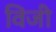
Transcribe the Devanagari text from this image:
विजी